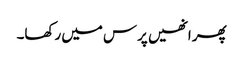
پھر انھیں پرس میں رکھا۔